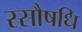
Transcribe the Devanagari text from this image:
रसौषधि